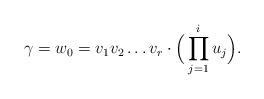
LaTeX: \begin{align*}\gamma=w_0=v_1v_2\dots v_r\cdot \Big(\prod_{j=1}^iu_j\Big).\end{align*}